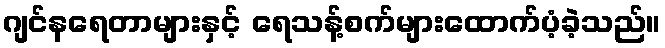
ဂျင်နရေတာများနှင့် ရေသန့်စက်များထောက်ပံ့ခဲ့သည်။